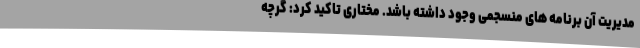
مدیریت آن برنامه های منسجمی وجود داشته باشد. مختاری تاکید کرد: گرچه